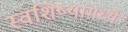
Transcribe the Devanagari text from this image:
स्वशिष्यांमध्ये